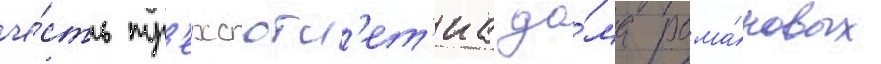
че́сть тр'ехсотл'ет'иа до́ма рома́новых